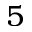
5